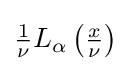
{\textstyle {\frac {1}{\nu }}L_{\alpha }\left({\frac {x}{\nu }}\right)}